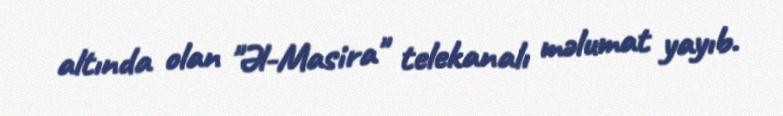
altında olan "Əl-Masira" telekanalı məlumat yayıb.